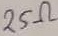
Text: 25Ω